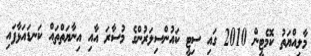
މާލިއްޔަތު ކޮމެޓީން 2010 ގައި ސިޓީ ކައުންސިލަރުންގެ މުސާރަ އާއި އިނާޔަތްތައް ކަނޑައަޅާފައި